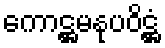
ကောဋ္ဌမနုပဝိဋ္ဌံ